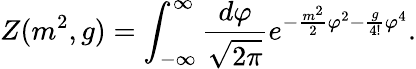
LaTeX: Z(m^{2},g)=\int_{-\infty}^{\infty}\frac{d\varphi}{\sqrt{2\pi}}e^{-\frac{m^{2}}{2}\varphi^{2}-\frac{g}{4!}\varphi^{4}}.